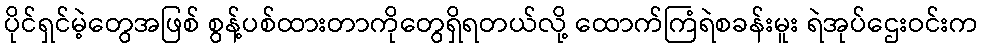
ပိုင်ရှင်မဲ့တွေအဖြစ် စွန့်ပစ်ထားတာကိုတွေရှိရတယ်လို့ ထောက်ကြံရဲစခန်းမူး ရဲအုပ်ဌေးဝင်းက